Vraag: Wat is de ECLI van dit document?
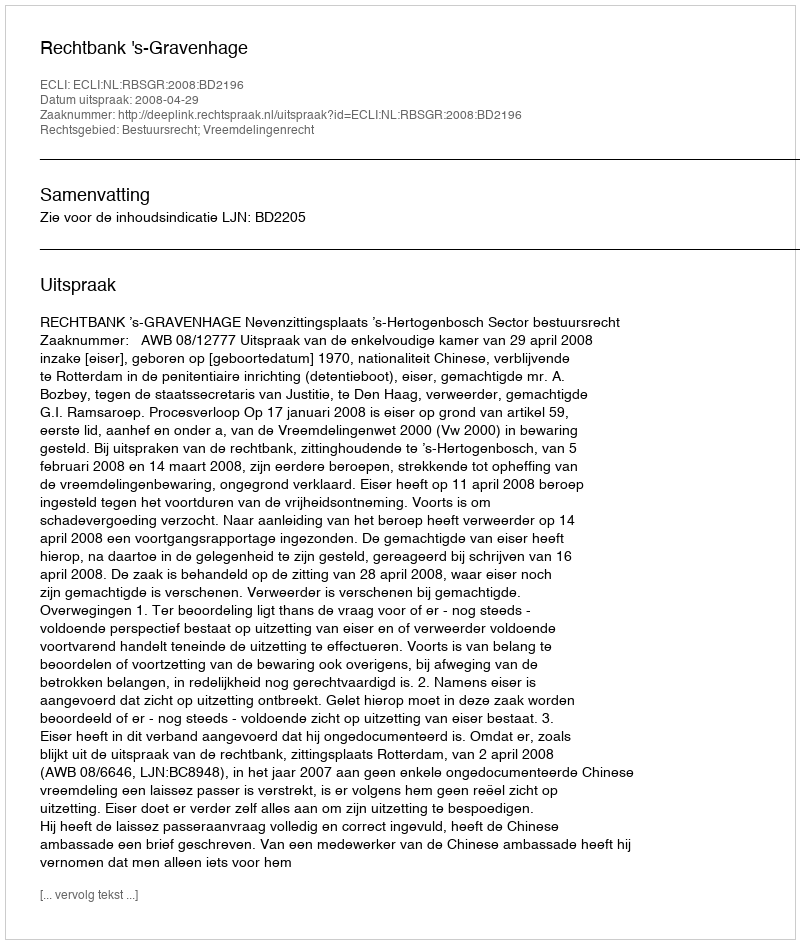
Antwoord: ECLI:NL:RBSGR:2008:BD2196